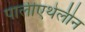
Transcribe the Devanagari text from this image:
पालीएथेलीन